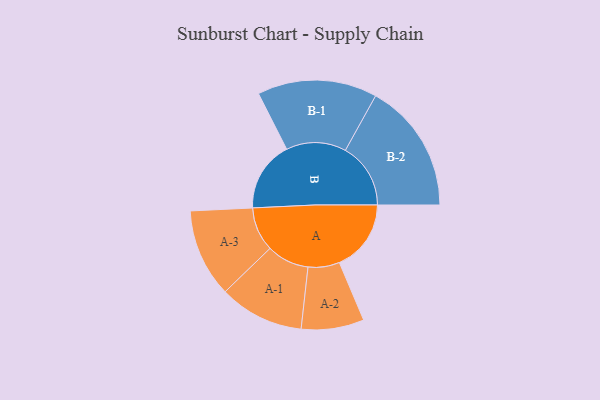
{"axis": {"x": "Segment", "y": "Value"}, "legend": ["", "A", "B"], "data": [{"x": "A", "y": 320, "type": ""}, {"x": "B", "y": 314, "type": ""}, {"x": "A-1", "y": 189, "type": "A"}, {"x": "A-2", "y": 140, "type": "A"}, {"x": "A-3", "y": 197, "type": "A"}, {"x": "B-1", "y": 267, "type": "B"}, {"x": "B-2", "y": 291, "type": "B"}]}